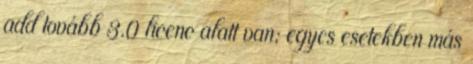
add tovább 3.0 licenc alatt van; egyes esetekben más